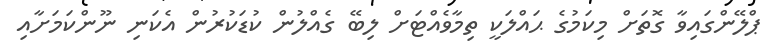
ޕްލޭންގައިވާ ގޮތަށް މިކަމުގެ ޙައްލަކީ ތިމާވެއްޓަށް ލިބޭ ގެއްލުން ކުޑަކުރުން އެކަނި ނޫންކަމަށާއި